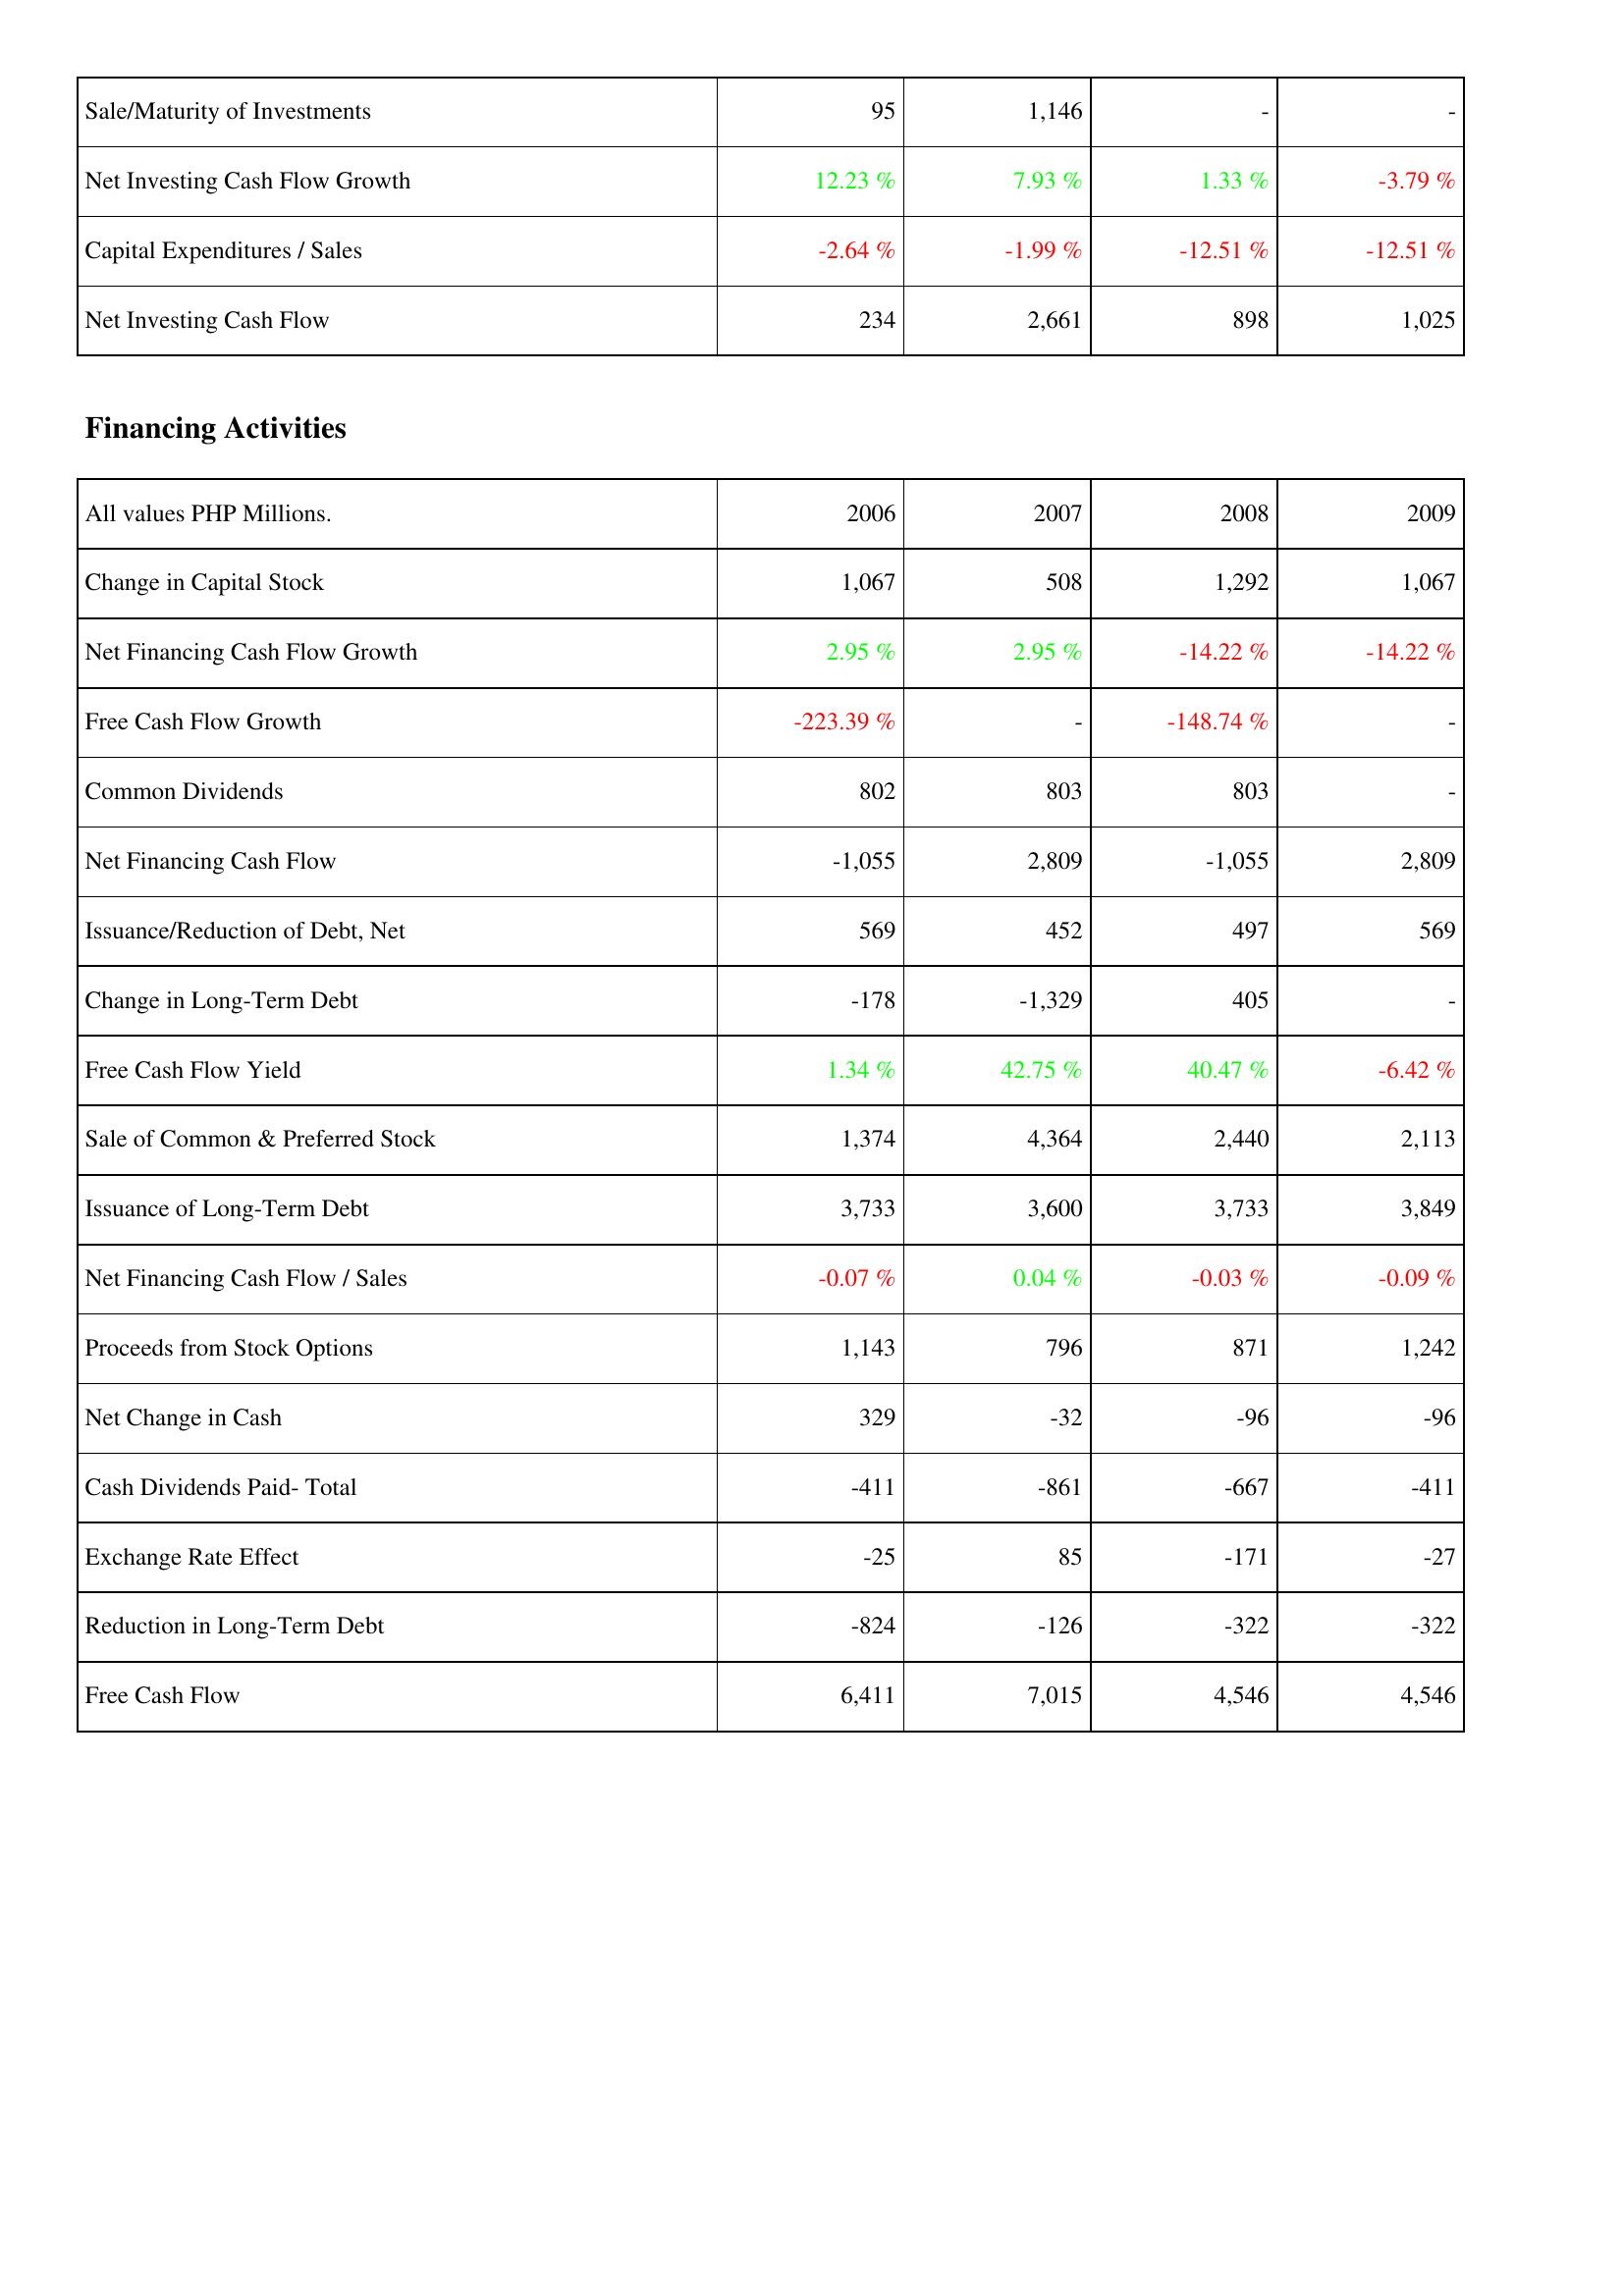
2006: Investing Activities: Sale/Maturity of Investments: 95
Net Investing Cash Flow Growth: 12.23 %
Capital Expenditures / Sales: -2.64 %
Net Investing Cash Flow: 234
Financing Activities: Change in Capital Stock: 1,067
Net Financing Cash Flow Growth: 2.95 %
Free Cash Flow Growth: -223.39 %
Common Dividends: 802
Net Financing Cash Flow: -1,055
Issuance/Reduction of Debt, Net: 569
Change in Long-Term Debt: -178
Free Cash Flow Yield: 1.34 %
Sale of Common & Preferred Stock: 1,374
Issuance of Long-Term Debt: 3,733
Net Financing Cash Flow / Sales: -0.07 %
Proceeds from Stock Options: 1,143
Net Change in Cash: 329
Cash Dividends Paid- Total: -411
Exchange Rate Effect: -25
Reduction in Long-Term Debt: -824
Free Cash Flow: 6,411
2007: Investing Activities: Sale/Maturity of Investments: 1,146
Net Investing Cash Flow Growth: 7.93 %
Capital Expenditures / Sales: -1.99 %
Net Investing Cash Flow: 2,661
Financing Activities: Change in Capital Stock: 508
Net Financing Cash Flow Growth: 2.95 %
Free Cash Flow Growth: -
Common Dividends: 803
Net Financing Cash Flow: 2,809
Issuance/Reduction of Debt, Net: 452
Change in Long-Term Debt: -1,329
Free Cash Flow Yield: 42.75 %
Sale of Common & Preferred Stock: 4,364
Issuance of Long-Term Debt: 3,600
Net Financing Cash Flow / Sales: 0.04 %
Proceeds from Stock Options: 796
Net Change in Cash: -32
Cash Dividends Paid- Total: -861
Exchange Rate Effect: 85
Reduction in Long-Term Debt: -126
Free Cash Flow: 7,015
2008: Investing Activities: Sale/Maturity of Investments: -
Net Investing Cash Flow Growth: 1.33 %
Capital Expenditures / Sales: -12.51 %
Net Investing Cash Flow: 898
Financing Activities: Change in Capital Stock: 1,292
Net Financing Cash Flow Growth: -14.22 %
Free Cash Flow Growth: -148.74 %
Common Dividends: 803
Net Financing Cash Flow: -1,055
Issuance/Reduction of Debt, Net: 497
Change in Long-Term Debt: 405
Free Cash Flow Yield: 40.47 %
Sale of Common & Preferred Stock: 2,440
Issuance of Long-Term Debt: 3,733
Net Financing Cash Flow / Sales: -0.03 %
Proceeds from Stock Options: 871
Net Change in Cash: -96
Cash Dividends Paid- Total: -667
Exchange Rate Effect: -171
Reduction in Long-Term Debt: -322
Free Cash Flow: 4,546
2009: Investing Activities: Sale/Maturity of Investments: -
Net Investing Cash Flow Growth: -3.79 %
Capital Expenditures / Sales: -12.51 %
Net Investing Cash Flow: 1,025
Financing Activities: Change in Capital Stock: 1,067
Net Financing Cash Flow Growth: -14.22 %
Free Cash Flow Growth: -
Common Dividends: -
Net Financing Cash Flow: 2,809
Issuance/Reduction of Debt, Net: 569
Change in Long-Term Debt: -
Free Cash Flow Yield: -6.42 %
Sale of Common & Preferred Stock: 2,113
Issuance of Long-Term Debt: 3,849
Net Financing Cash Flow / Sales: -0.09 %
Proceeds from Stock Options: 1,242
Net Change in Cash: -96
Cash Dividends Paid- Total: -411
Exchange Rate Effect: -27
Reduction in Long-Term Debt: -322
Free Cash Flow: 4,546